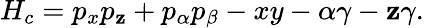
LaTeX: H_{c}=p_{x}p_{\mathbf{z}}+p_{\alpha}p_{\beta}-xy-\alpha\gamma-\mathbf{z}\gamma.